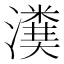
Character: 𤀬